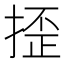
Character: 𢱉